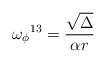
\begin{align*}{\omega_\phi}^{13}= \frac{\sqrt\Delta}{\alpha r} \, \end{align*}